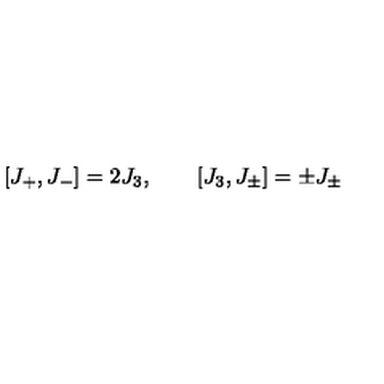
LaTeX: \lbrack J _ { + } , J _ { - } ] = 2 J _ { 3 } , \quad \quad \lbrack J _ { 3 } , J _ { \pm } ] = \pm J _ { \pm }